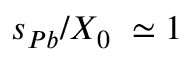
s _ { P b } / X _ { 0 } ~ \simeq 1